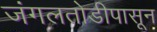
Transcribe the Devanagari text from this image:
जंगलतोडीपासून